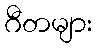
ဂီတများ